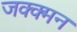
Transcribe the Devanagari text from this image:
जक्क्मन